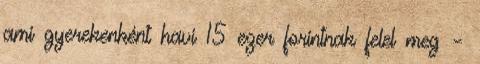
ami gyerekenként havi 15 ezer forintnak felel meg –